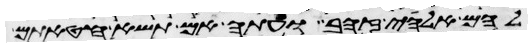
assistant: להם אלהי זהב ועתה אם תשא חטאתם